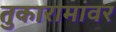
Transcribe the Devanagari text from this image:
तुकारामांवर